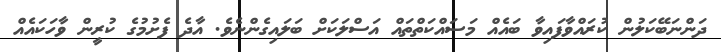
ދަންނަބޭކަލުން ކުރައްވާފައިވާ ބައެއް މަސައްކަތްތައް އަސްލަކަށް ބަލައިގެންނެވެ. އާދެ ފެށުމުގެ ކުރީން ވާހަކައެއް